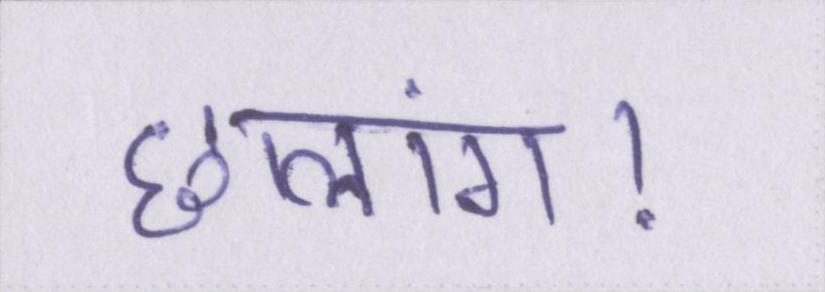
छलांग।